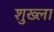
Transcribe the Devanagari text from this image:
शुख्ला